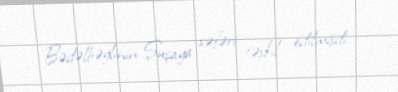
Bədəlbəylinin Şuşaya səfəri təşkil edilmişdi.